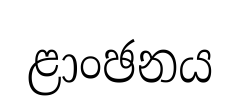
ළාංඡනය